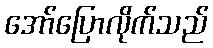
အော်ပြောလိုက်သည်